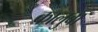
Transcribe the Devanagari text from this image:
कालुबा